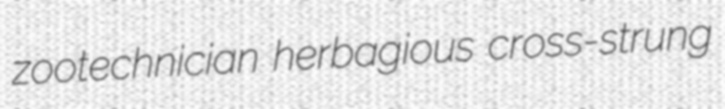
zootechnician herbagious cross-strung